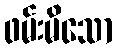
ဖမ်းမိသော